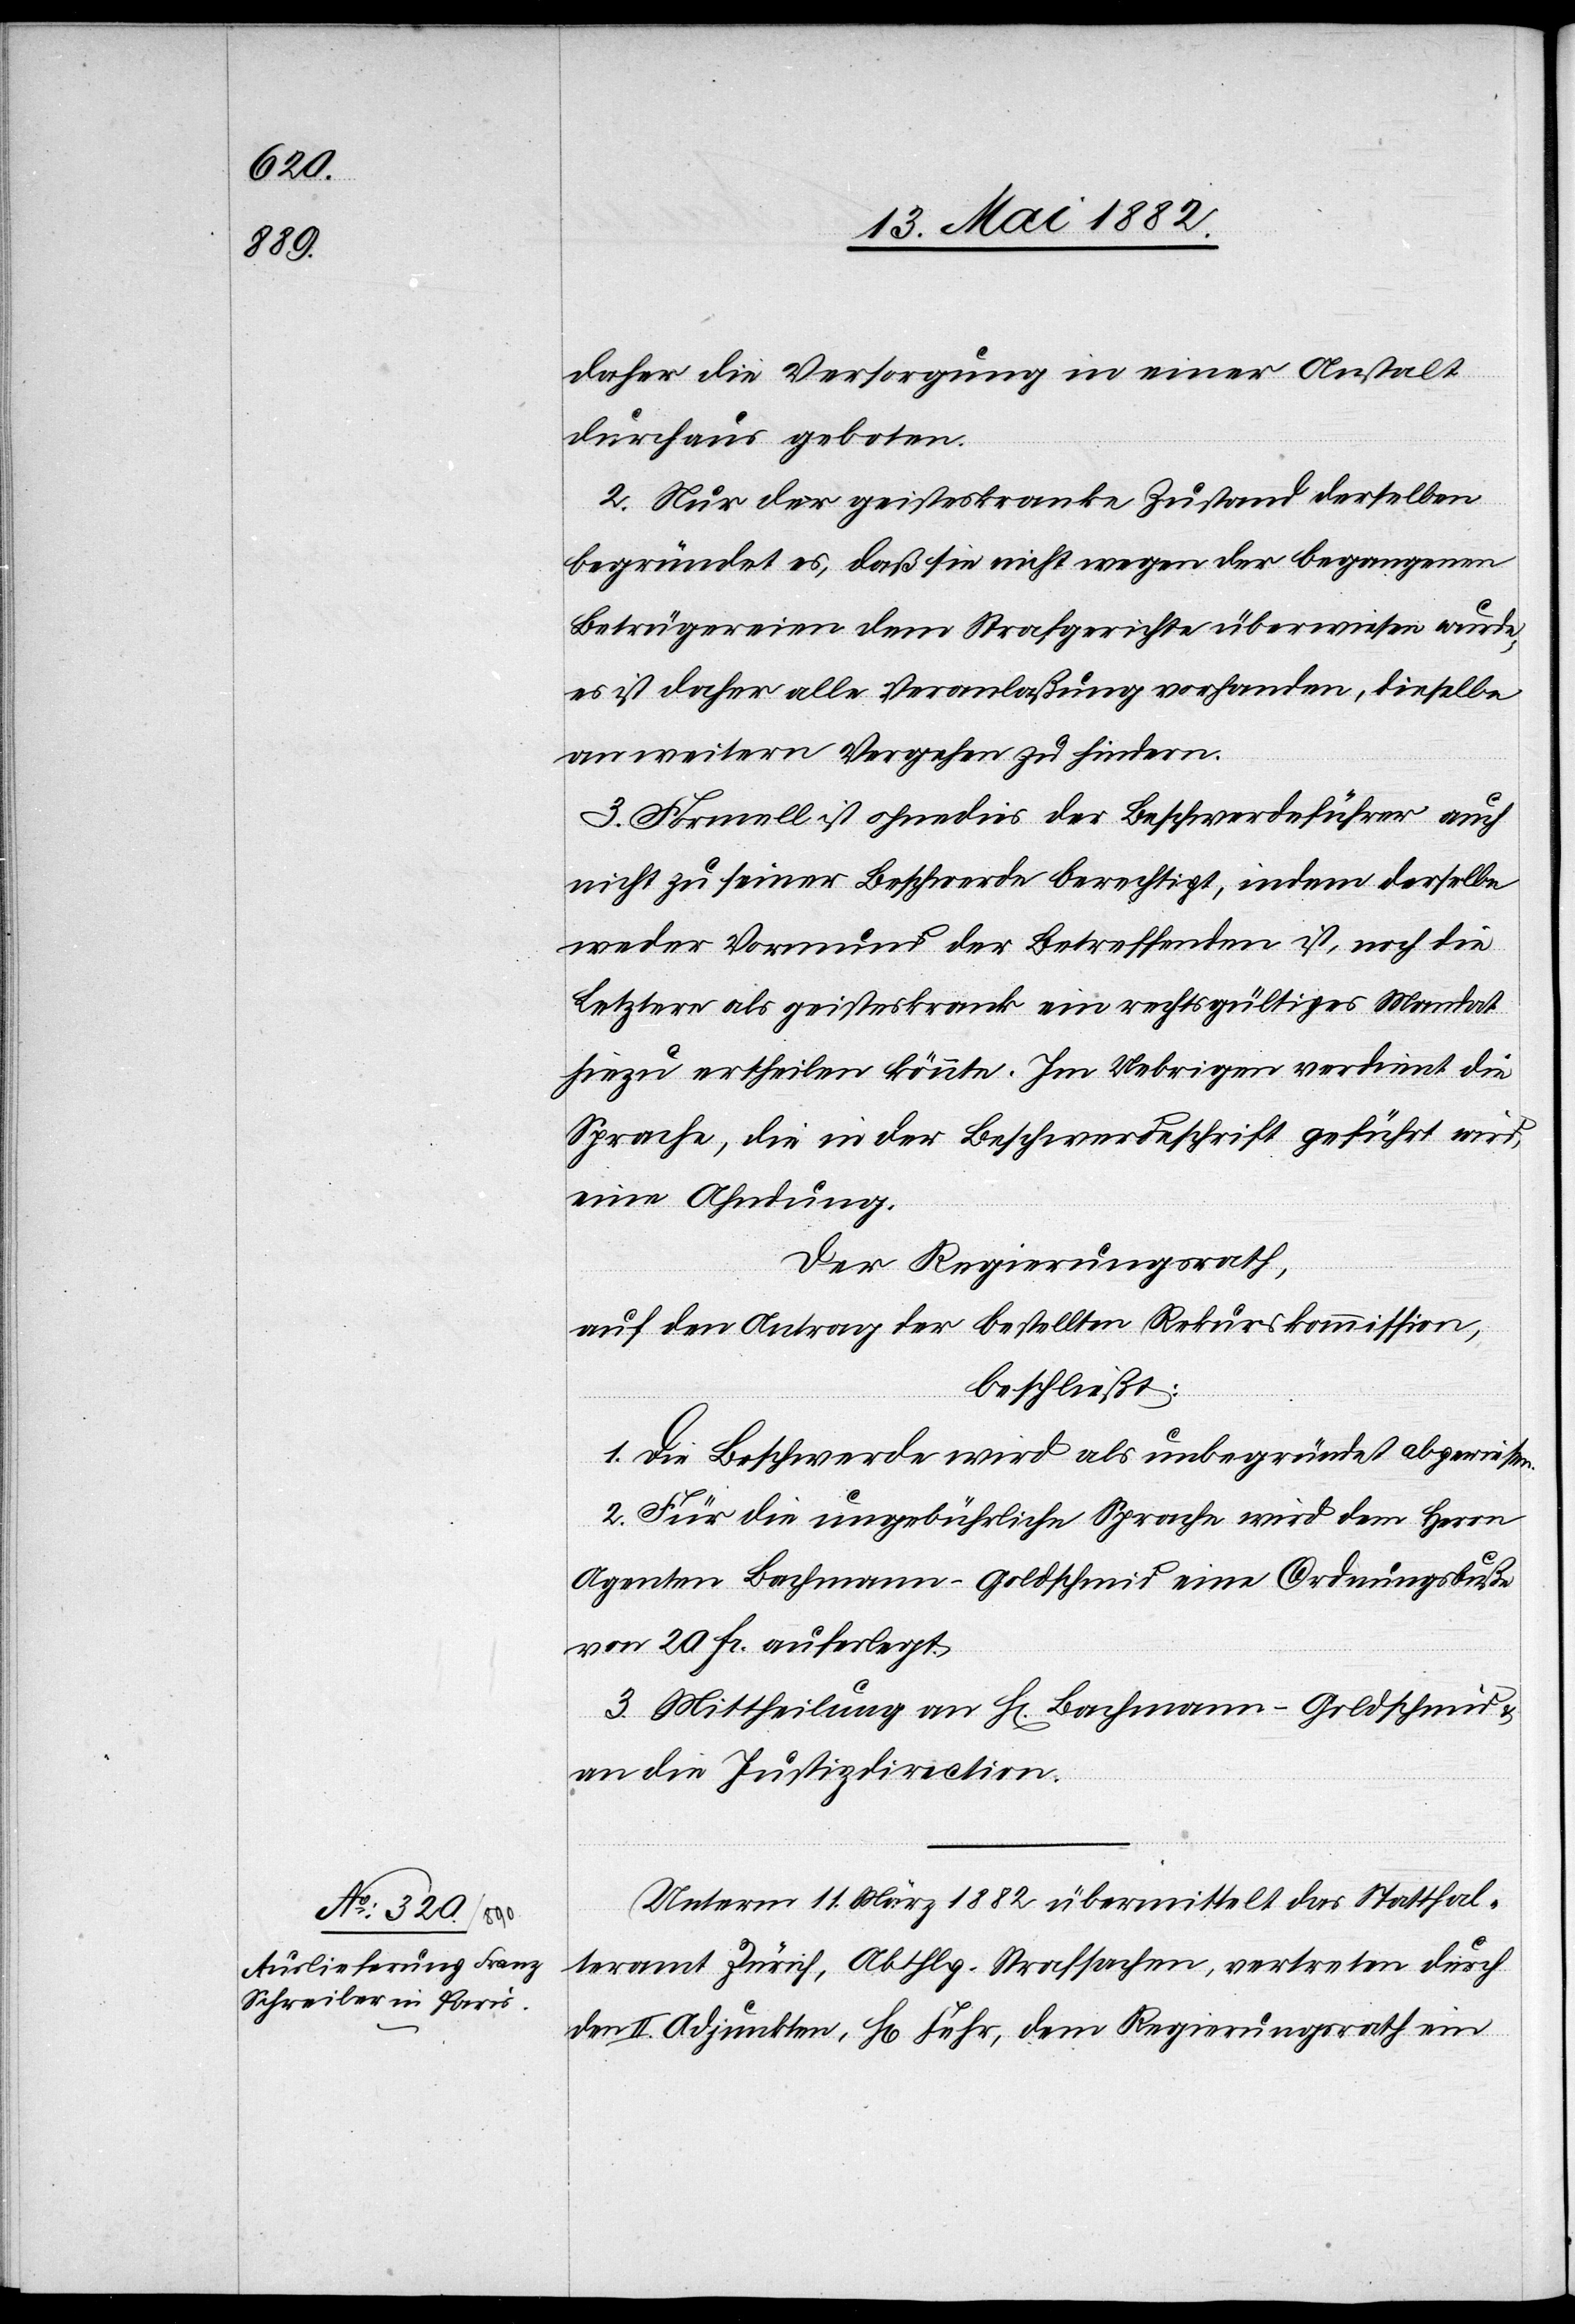
daher die Versorgung in einer Anstalt
durchaus geboten.
2. Nur der geisteskranke Zustand derselben
begründet es, daß sie nicht wegen der begangenen
Betrügereien dem Strafgerichte überwiesen wurde,
es ist daher alle Veranlaßung vorhanden, dieselbe
an weitern Vergehen zu hindern.
3. Formell ist ohnedies der Beschwerdeführer auch
nicht zu seiner Beschwerde berechtigt, indem derselbe
weder Vormund der Betreffenden ist, noch die
Letztere als geisteskrank ein rechtsgültiges Mandat
hiezu ertheilen könnte. Im Uebrigen verdient die
Sprache, die in der Beschwerdeschrift geführt wird,
eine Ahndung.
Der Regierungsrath,
auf den Antrag der bestellten Rekurskommission,
beschließt:
1. Die Beschwerde wird als unbegründet abgewiesen.
2. Für die ungebührliche Sprache wird dem Herrn
Agenten Bachmann-Goldschmid eine Ordnungsbuße
von 20 Fr. auferlegt.
3. Mittheilung an H[rn]. Bachmann-Goldschmid
an die Justizdirection.
Unterm 11. März 1882 übermittelte das Statthal¬
teramt Zürich, Abthlg. Strafsachen, vertreten durch
den II. Adjunkten, H[rn]. Fehr, dem Regierungsrath ein